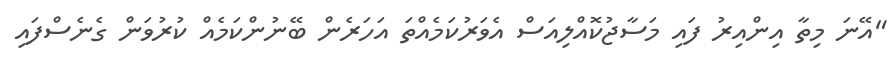
"އޭނަ މިތާ އިންއިރު ފައި މަސާޖުކޮއްލިއަސް އެވަރުކަމެއްތަ އަހަރެން ބޭނުންކަމެއް ކުރުވަން ގެނެސްފައި